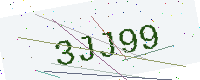
Text: 3JJ99